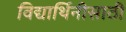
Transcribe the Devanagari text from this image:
विद्यार्थिनीसाठी